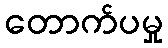
တောက်ပမှု